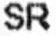
SR